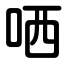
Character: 哂